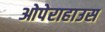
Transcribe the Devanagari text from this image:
ओपेराहाउस